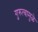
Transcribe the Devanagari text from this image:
गुरुत्वामुळे